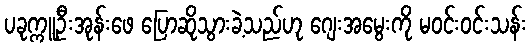
ပခုက္ကူဦးအုန်းဖေ ပြောဆိုသွားခဲ့သည်ဟု ဂျေးအမွေးကို မဝင်းဝင်းသန်း